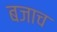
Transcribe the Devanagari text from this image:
बजाच